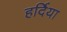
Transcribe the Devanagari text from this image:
हर्दिया